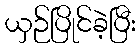
ယှဉ်ပြိုင်ခဲ့ပြီး